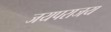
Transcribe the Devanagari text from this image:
जयपराजय